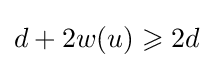
d+2w(u)\geqslant 2d